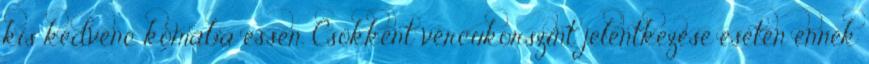
kis kedvenc kómába essen. Csökkent vércukorszint jelentkezése esetén ennek